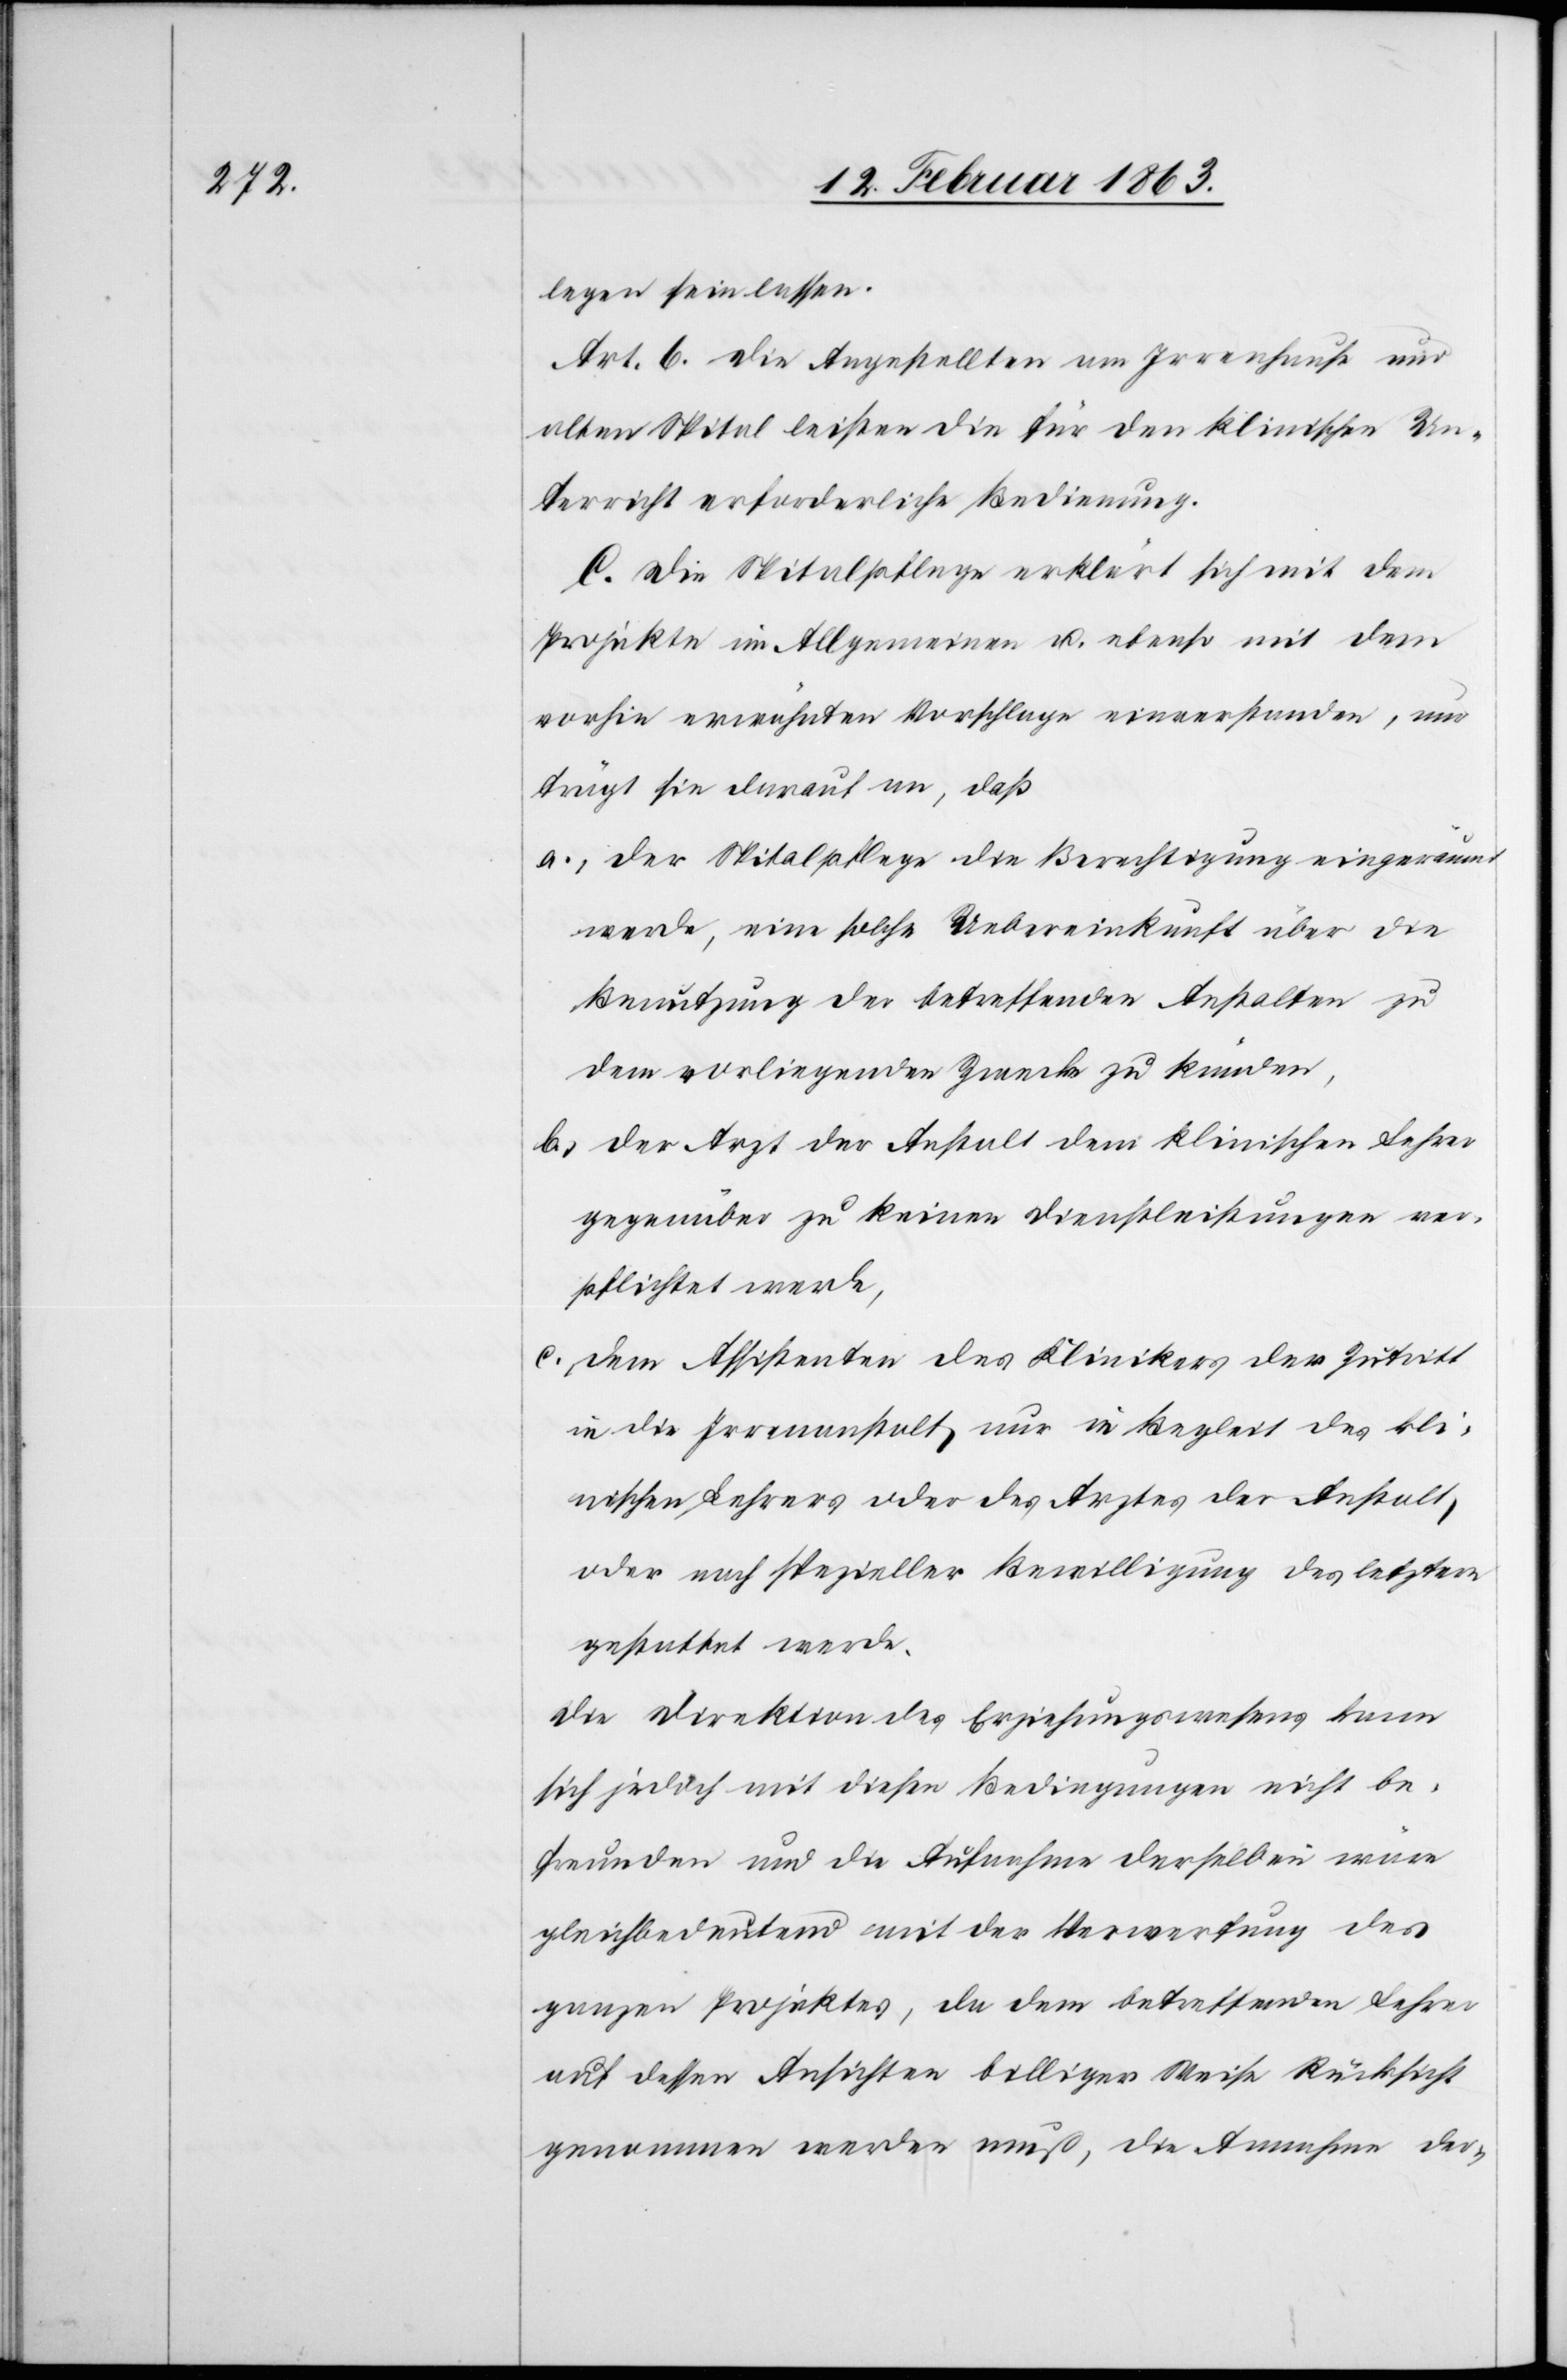
legen sein lassen.
Art. 6. Die Angestellten am Irrenhause und
alten Spital leisten die für den klinischen Un¬
terricht erforderliche Bedienung.
C. Die Spitalpflege erklärt sich mit dem
Projekte im Allgemeinen u. ebenso mit dem
vorhin erwähnten Vorschlage einverstanden, nur
trägt sie darauf an, daß
a.) der Spitalpflege die Berechtigung eingeräumt
werde, eine solche Uebereinkunft über die
Benutzung der betreffenden Anstalten zu
dem vorliegenden Zwecke zu künden,
b.) der Arzt der Anstalt dem klinischen Lehrer
gegenüber zu keinen Dienstleistungen ver¬
pflichtet werde,
c.) dem Assistenten des Klinikers der Zutritt
in die Irrenanstalt nur in Begleit des kli¬
nischen Lehrers oder des Arztes der Anstalt
oder nach spezieller Bewilligung des letztern
gestattet werde.
Die Direktion des Erziehungswesens kann
sich jedoch mit diesen Bedingungen nicht be¬
freunden und die Aufnahme derselben wäre
gleichbedeutend mit der Verwerfung des
ganzen Projektes, da dem betreffenden Lehrer
auf dessen Ansichten billiger Weise Rücksicht
genommen werden muß, die Annahme der-